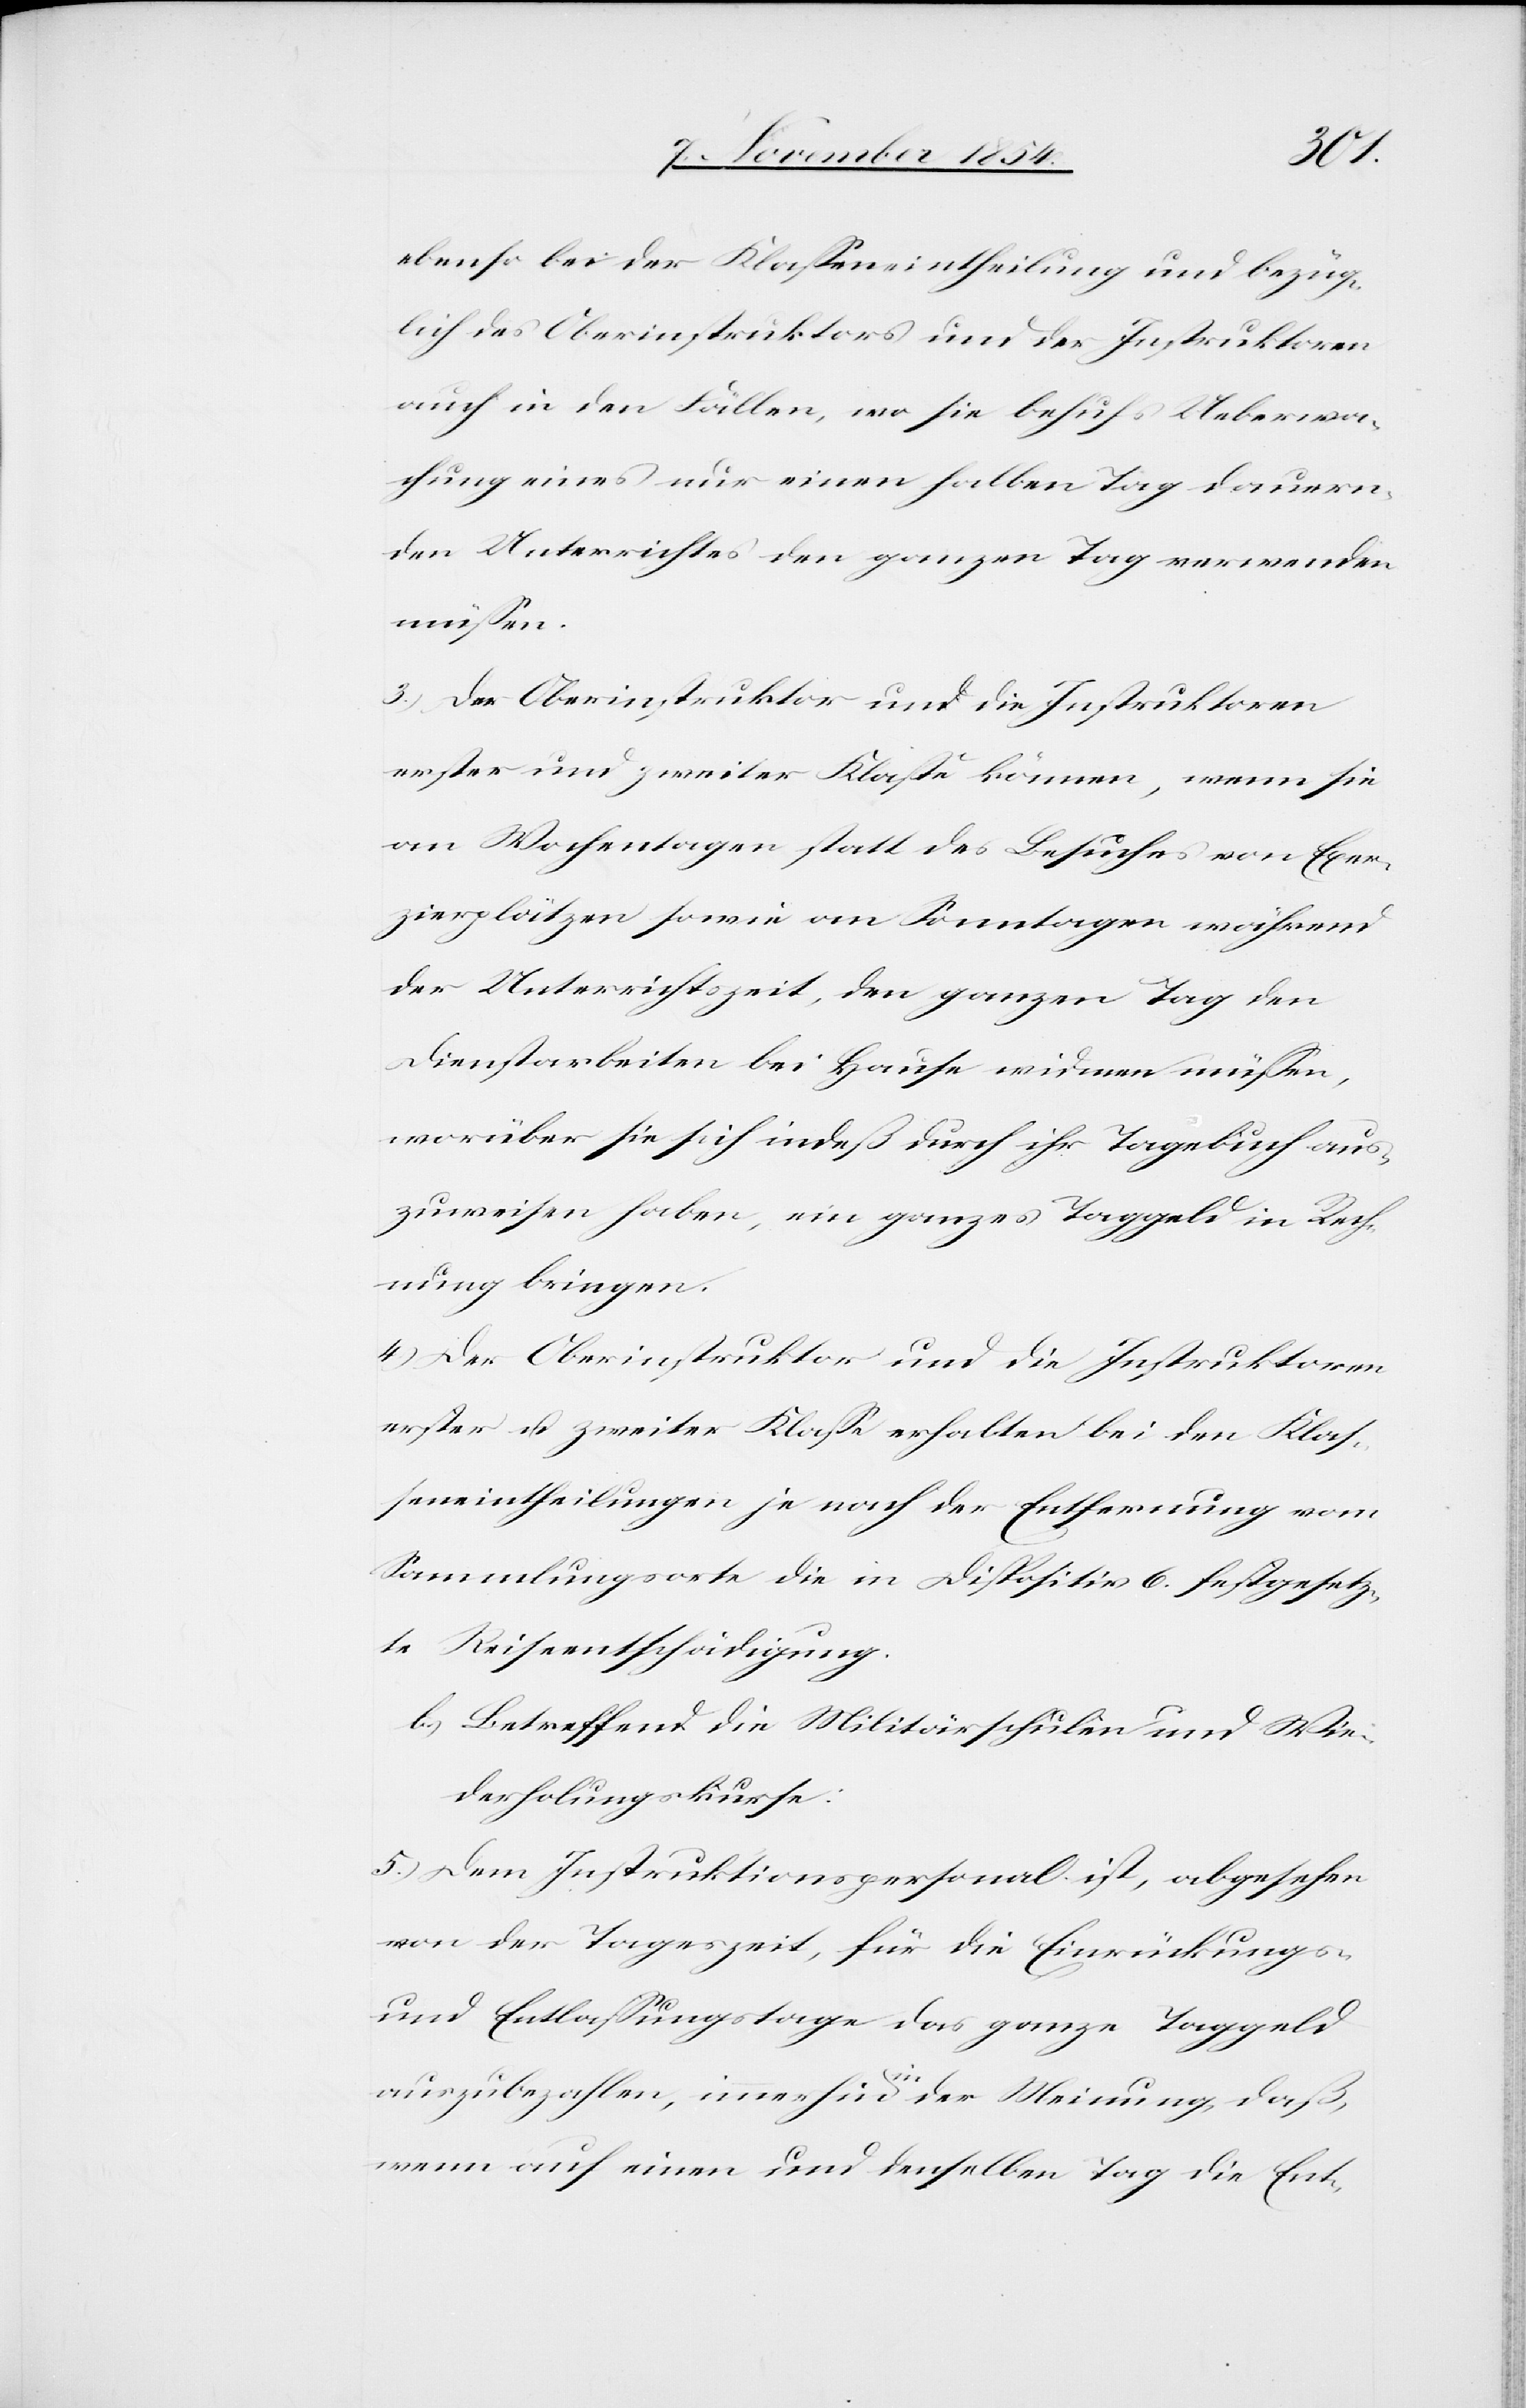
ebenso bei der Klaßeneintheilung und bezüg¬
lich des Oberinstruktors und der Instruktoren
auch in den Fällen, wo sie behufs Ueberwa¬
chung eines nur einen halben Tag dauern¬
den Unterrichtes den ganzen Tag verwenden
müßen.
3.) Der Oberinstruktor und die Instruktoren
erster und zweiter Klaße können, wenn sie
an Wochentagen statt des Besuches von Exer¬
zierplätzen sowie an Sonntagen während
der Unterrichtszeit, den ganzen Tag den
Dienstarbeiten bei Hause widmen müßen,
worüber sie sich indeß durch ihr Tagebuch aus¬
zuweisen haben, ein ganzes Taggeld in Rech¬
nung bringen.
4.) Der Oberinstruktor und die Instruktoren
erster u. zweiter Klaße erhalten bei den Klaß¬
eneintheilungen je nach der Entfernung vom
Sammlungsorte die in Dispositiv 6. festgesetz¬
te Reiseentschädigung.
b.) Betreffend die Militärschulen und Wie¬
derholungskurse:
5.) Dem Instruktionspersonal ist, abgesehen
von der Tageszeit, für die Einrückungs-
und Entlaßungstage das ganze Taggeld
auszubezahlen, immerhin a-in-a der Meinung, daß,
wenn auf einen und denselben Tag die Ent-